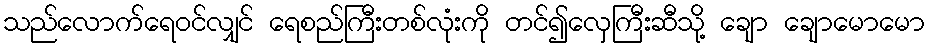
သည်လောက်ရေဝင်လျှင် ရေစည်ကြီးတစ်လုံးကို တင်၍လှေကြီးဆီသို့ ချော ချောမောမော